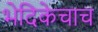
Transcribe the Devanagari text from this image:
भेदिकेचाच